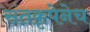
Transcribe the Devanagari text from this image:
संतकृपेनेच